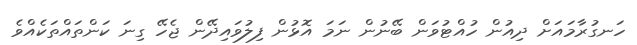
ހަނގުރާމައަށް ދިއުން ހުއްޓުވަން ބޭނުން ނަމަ އޮޅުން ފިލުވައިދޭން ޖެހޭ ގިނަ ކަންތައްތަކެއްވެ